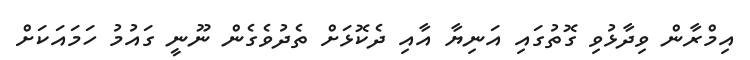
އިމްރާން ވިދާޅުވި ގޮތުގައި އަނިޔާ އާއި ދެކޮޅަށް ތެދުވެގެން ނޫނީ ގައުމު ހަމައަކަށް